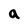
Character: a